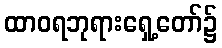
ထာဝရဘုရားရှေ့တော်၌